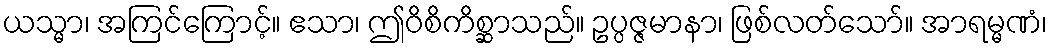
ယသ္မာ၊ အကြင်ကြောင့်။ ဧသာ၊ ဤဝိစိကိစ္ဆာသည်။ ဥပ္ပဇ္ဇမာနာ၊ ဖြစ်လတ်သော်။ အာရမ္မဏံ၊